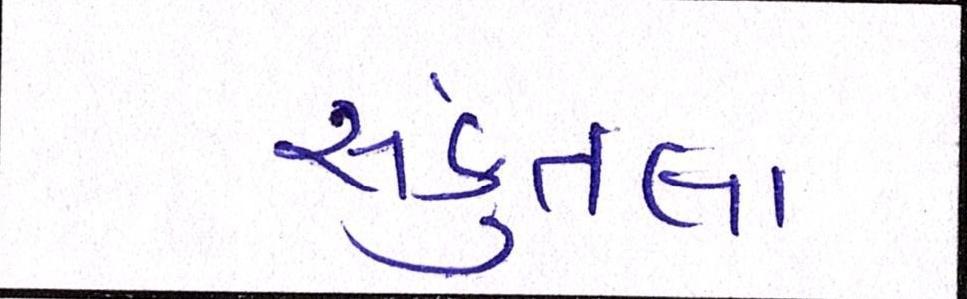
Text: સકુંતલા